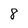
Character: 8